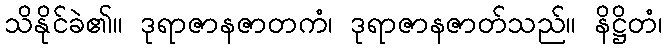
သိနိုင်ခဲ၏။ ဒုရာဇာနဇာတကံ၊ ဒုရာဇာနဇာတ်သည်။ နိဋ္ဌိတံ၊